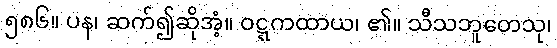
၅၈၆။ ပန၊ ဆက်၍ဆိုအံ့။ ဝဋ္ဋကထာယ၊ ၏။ သီသဘူတေသု၊